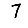
Digit: 7